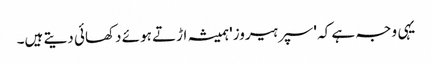
یہی وجہ ہے کہ 'سپر ہیروز' ہمیشہ اڑتے ہوئے دکھائی دیتے ہیں۔